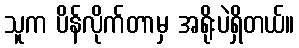
သူက ပိန်လိုက်တာမှ အရိုးပဲရှိတယ်။